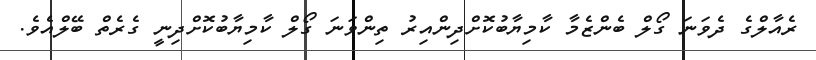
ރެއާލްގެ ދެވަނަ ގޯލް ބެންޒެމާ ކާމިޔާބުކޮށްދިންއިރު ތިންވަނަ ގޯލް ކާމިޔާބުކޮށްދިނީ ގެރެތް ބޭލްއެވެ.